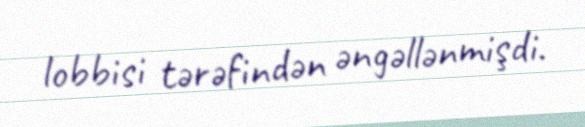
lobbisi tərəfindən əngəllənmişdi.